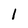
Character: 1